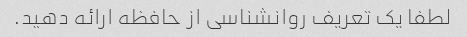
لطفا یک تعریف روانشناسی از حافظه ارائه دهید.